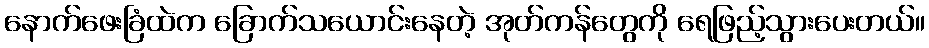
နောက်ဖေးခြံထဲက ခြောက်သယောင်းနေတဲ့ အုတ်ကန်တွေကို ရေဖြည့်သွားပေးတယ်။